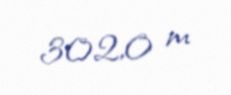
302,0 m